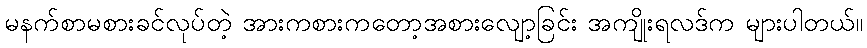
မနက်စာမစားခင်လုပ်တဲ့ အားကစားကတော့အစားလျော့ခြင်း အကျိုးရလဒ်က များပါတယ်။